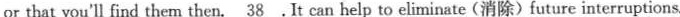
or that you'll find them then.\underline.{38}.It can help to eliminate (消除)future interruptions.